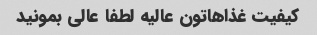
کیفیت غذاهاتون عالیه لطفا عالی بمونید